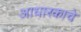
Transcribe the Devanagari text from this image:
आधारकाचे